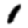
Digit: 1